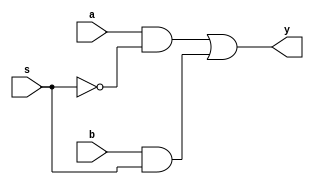
module mux2_1(input a,b,input s, output reg y);
  wire m,n;
  and g1(m,a,~s);
  and g2(n,b,s);
  or g3(y,m,n);
endmodule